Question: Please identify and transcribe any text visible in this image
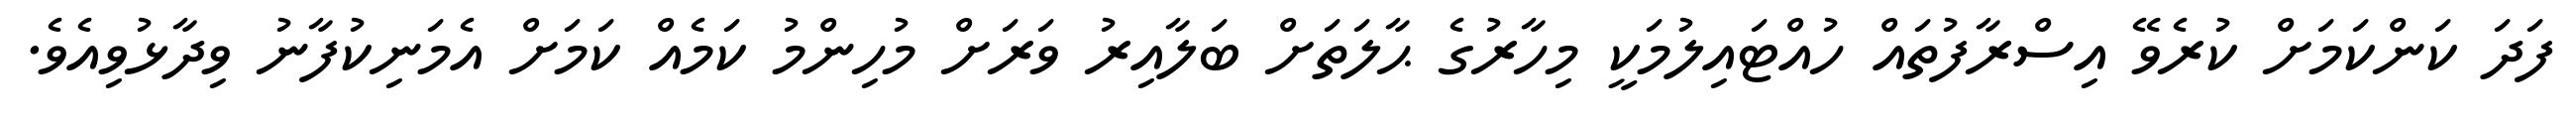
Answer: ފަދަ ކަންކަމަށް ކުރެވޭ އިސްރާފުތައް ހުއްޓައިލުމަކީ މިހާރުގެ ޙާލަތަށް ބަލާއިރު ވަރަށް މުހިންމު ކަމެއް ކަމަށް އެމަނިކުފާނު ވިދާޅުވިއެވެ.